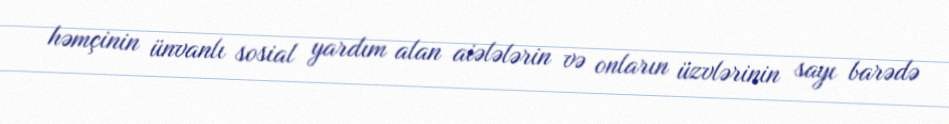
həmçinin ünvanlı sosial yardım alan aiələlərin və onların üzvlərinin sayı barədə